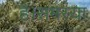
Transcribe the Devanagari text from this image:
है।समस्या